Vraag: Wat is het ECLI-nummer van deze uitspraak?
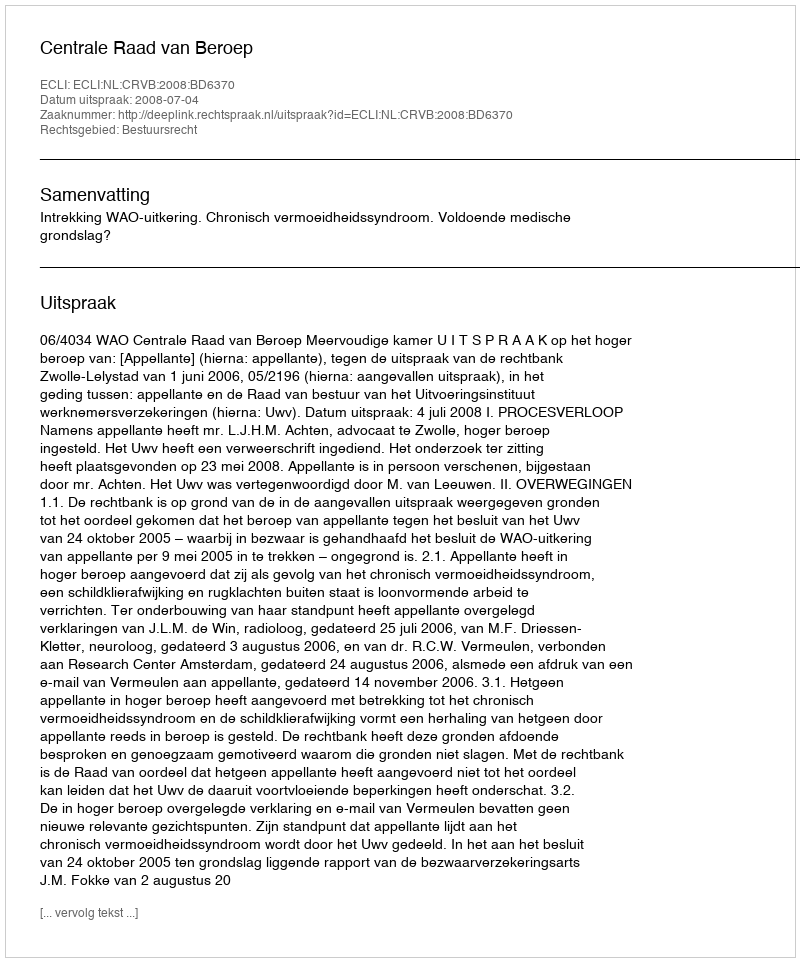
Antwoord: ECLI:NL:CRVB:2008:BD6370